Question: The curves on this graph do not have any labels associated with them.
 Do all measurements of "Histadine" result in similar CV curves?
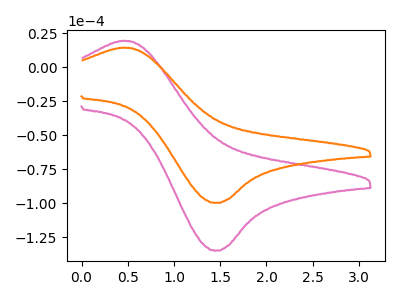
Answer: <think>The pink curve "pink" has an anodic peak at (0.45V, 19.45uA) and a cathodic peak at (1.45V, -135.00uA). The orange curve "orange" has an anodic peak at (0.45V, 14.40uA) and a cathodic peak at (1.45V, -99.85uA).
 All the peaks in "pink" have a peak in "orange" at the same potential. Every peak in "pink" is higher than every peak in "orange".</think>
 <answer>All the CV's of "Histadine" have similar shape.</answer>
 <eval>follow_rule</eval>